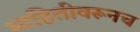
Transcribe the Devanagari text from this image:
माहितीवरूनच